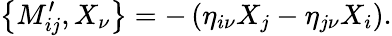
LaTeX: \left\{ M_{ij}^{\prime},X_{\nu}\right\} =-\left(\eta_{i\nu}X_{j}-\eta_{j\nu}X_{i}\right).